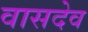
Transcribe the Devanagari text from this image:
वासदेव